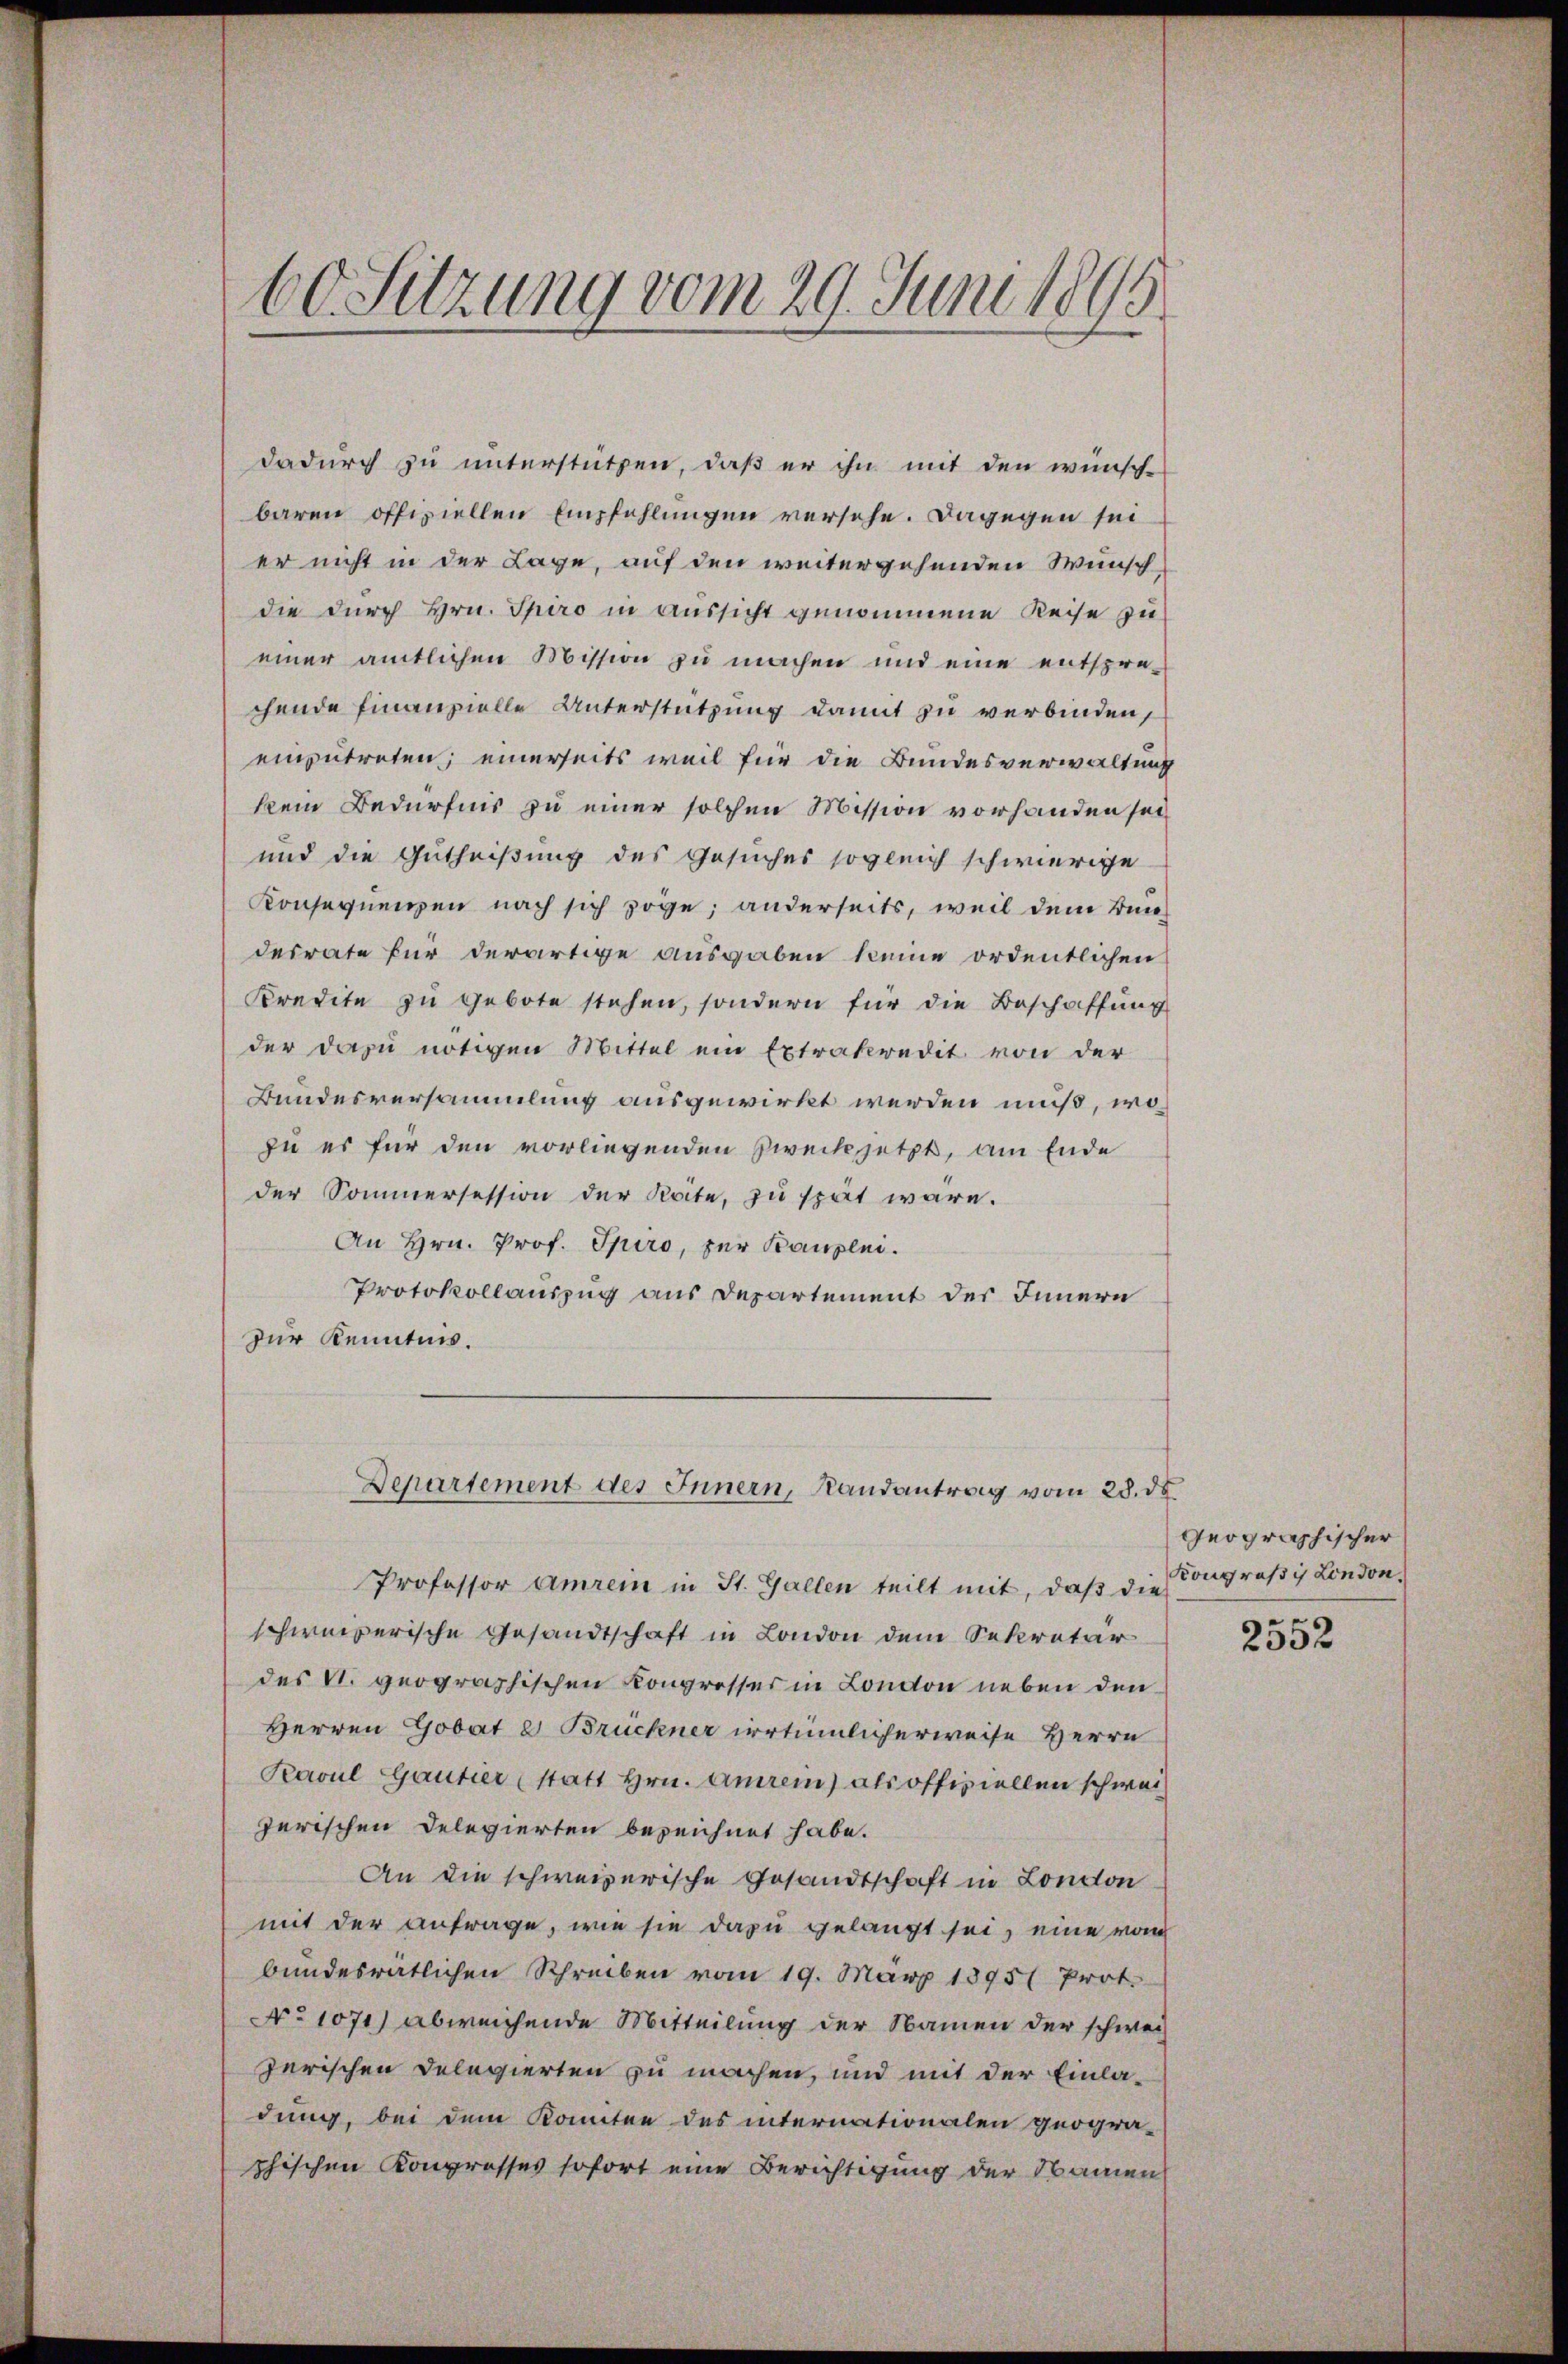
60. Sitzung vom 29. Juni 1895

dadurch zu unterstützen, daß er ihn mit den wünsche
baren offiziellen Empfehlungen versehe. Dagegen sei
er nicht in der Lage, auf den weitergehenden Wunsch
die durch Hrn. Spiro in Aussicht genommene Reise zu
einer amtlichen Mission zu machen und eine entsprechende Finanzielle Unterstützung damit zu verbinden,
einzutreten; einerseits weil für die Bundesverwaltung
kein Bedürfnis zu einer solchen Mission vorhanden sei
und die Gutheißung des Gesuches sogleich schwierige
Konsequenzen nach sich soge; anderseits, weil dem Bundesrate für derartige ausgaben keine ordentlichen
Kredite zu gebote stehen, sondern für die Beschaffung
der dazu nötigen Mittel ein Extrakredit von der
Bundesversammlung ausgewirkt werden muß, wo
zu er für den vorliegenden Zweck jetzt, am Ende
der Sommersession der Rate, zu spät wäre.
An Hrn. Prof. Spiro, zur Kanzlei.
Protokollauszug aus Departement des Innern
zur Kenntnis.
Departement des Innern, Randantrag vom 28. ds.
Professor Amrein in St. Gallen teilt mit, daß die
schweizerische Gesandtschaft in London dem Sekretär
des V. geographischen Kongresser in London neben den
Herren Gobat e Brückner irrtümlicherweise Herrn
Paul Gautier (statt Hrn. Anrei) als offiziellen schweiz
zerischen Delegierten bezeichnet habe.
An die schweizerische Gesandtschaft in London
mit der anfrage, wie sie dazu gelangt sei, eine vom
bundesrätlichen Schreiben vom 19. März 1895 Prot.
No 1071) abweichende Mitteilung der Namen der schweiz
zerischen Delegierten zu machen, und mit der Einladung, bei dem Konnten des internationalen geogra-
phischen Kongrosses sofort eine Berichtigung der Namen

Geographischer
Kongroß in London.

2552